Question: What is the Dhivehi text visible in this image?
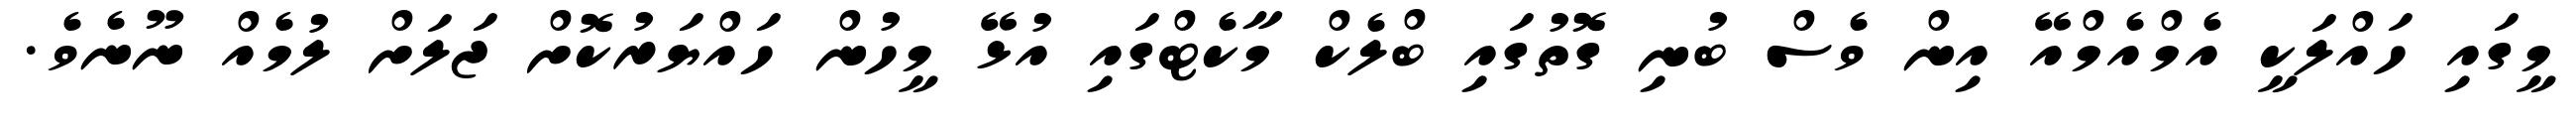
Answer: މީގައި ހައްލަކީ އެމްއެމްއޭ އިން ވެސް ބުނި ގޮތުގައި ބްލެކް މާކެޓްގައި އުޅޭ މީހުން ހައްޔަރުކޮށް ޖަލަށް ލުމެއް ނޫނެވެ.